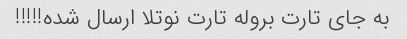
به جای تارت بروله تارت نوتلا ارسال شده!!!!!